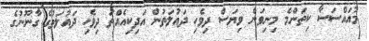
މުއައްސަސާ ކިތަންމެ މިނިވަން ވިޔަސް ދިވެހި ދައުލަތުން އަދިކިއެއްތަ ދިވެހި ދައުލަތުގެ ގާނޫނުގެ